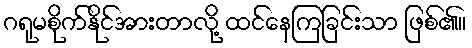
ဂရုမစိုက်နိုင်အားတာလို့ ထင်နေကြခြင်းသာ ဖြစ်၏။